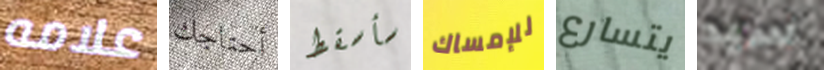
علامه أحتاجك سأسقط للإمساك يتسارع سيد